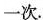
一次.